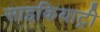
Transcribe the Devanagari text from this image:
साइकियाट्री